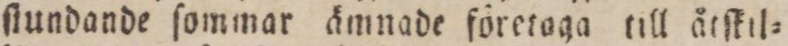
ſlundande ſommar ämnade företaga till åtſkil=